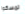
تمسكوا